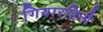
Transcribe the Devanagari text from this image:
गियारडिनी